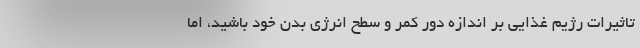
تاثیرات رژیم غذایی بر اندازه دور کمر و سطح انرژی بدن خود باشید، اما